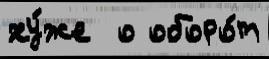
ху́же  о оборо́т